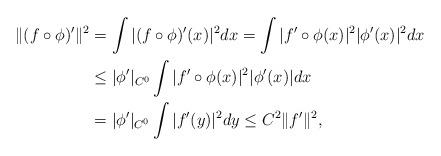
LaTeX: \begin{align*} \|(f\circ\phi)'\|^2 &= \int |(f\circ \phi)'(x)|^2 dx = \int |f'\circ \phi(x)|^2 |\phi'(x)| ^2 dx\\ &\leq |\phi'|_{C^0} \int |f'\circ \phi(x)|^2 |\phi'(x)| dx \\ &= |\phi'|_{C^0}\int |f'(y)|^2dy \leq C^2 \|f'\|^2,\end{align*}